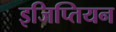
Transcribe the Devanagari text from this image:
इजिप्तियन